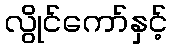
လွိုင်ကော်နှင့်